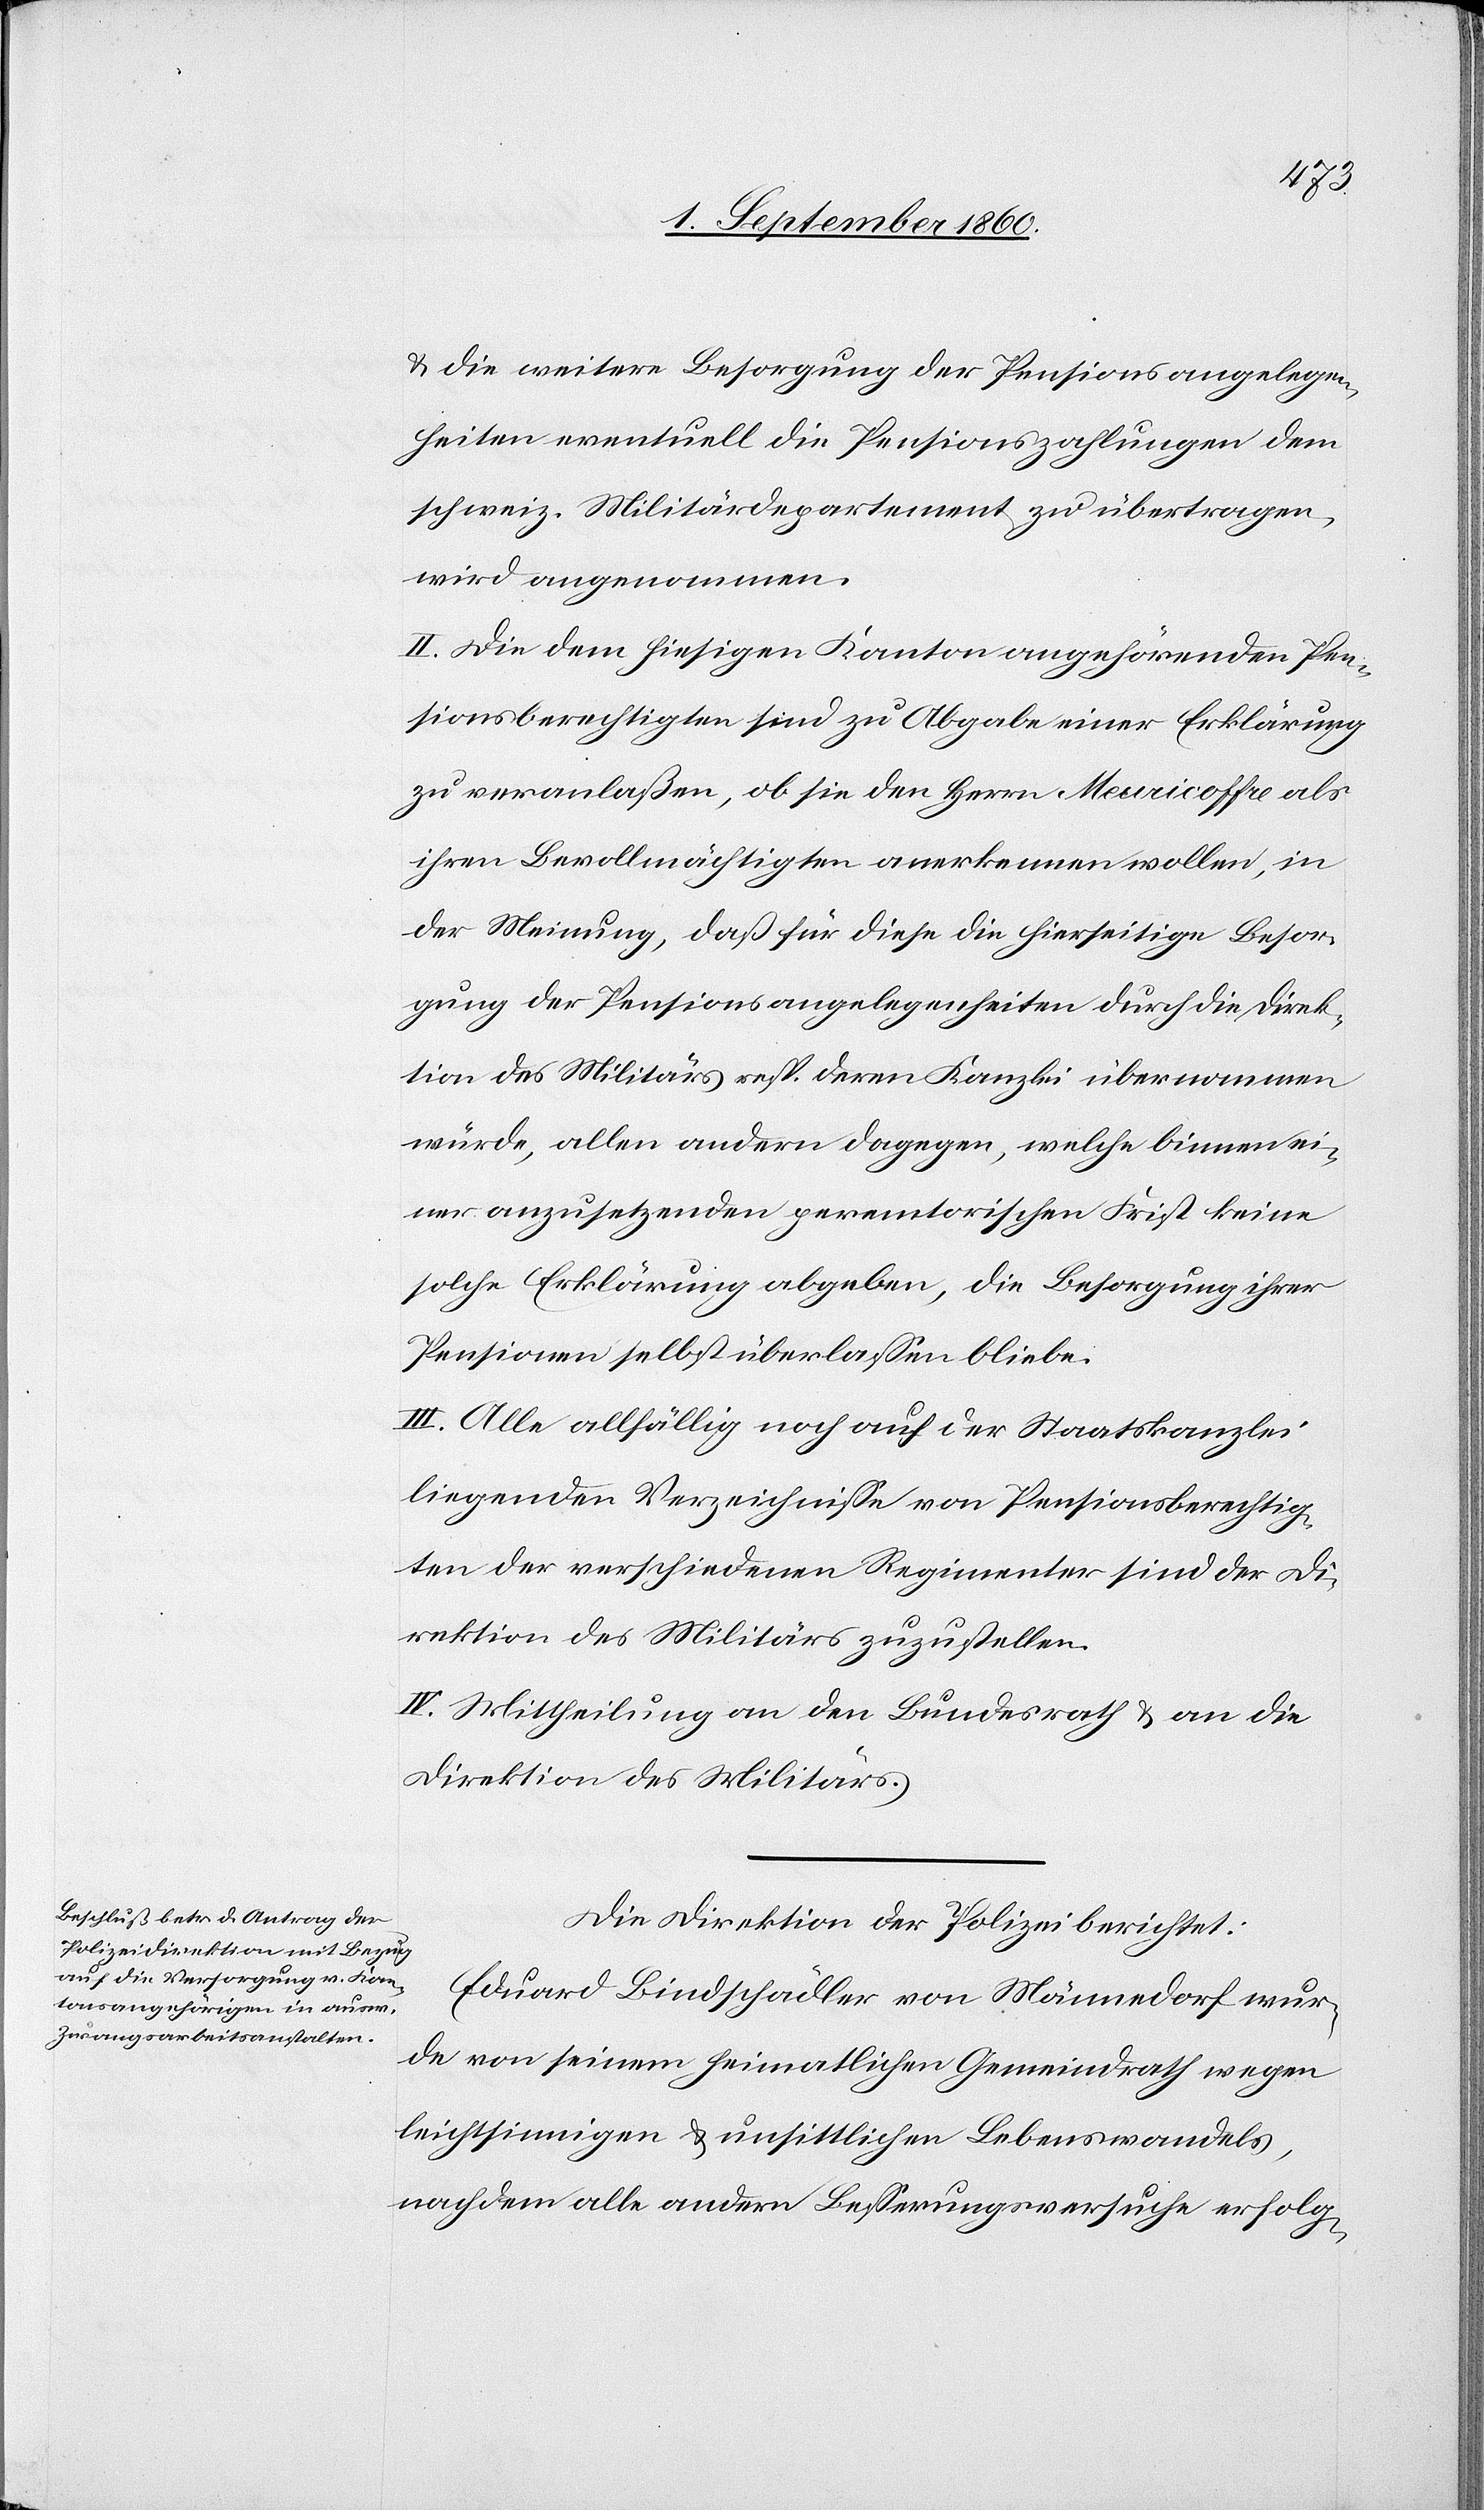
und die weitere Besorgung der Pensionsangelegen¬
heiten eventuell die Pensionszahlungen dem
schweiz. Militärdepartement zu übertragen,
wird angenommen.
II. Die dem hiesigen Kanton angehörigen Pen¬
sionsberechtigten sind zu Abgabe einer Erklärung
zu veranlassen, ob sie den Herrn Meuricoffre als
ihren Bevollmächtigen anerkennen wollen, in
der Meinung, dass für diese die hierseitige Besor¬
gung der Pensionsangelegenheiten durch die Direk¬
tion des Militärs resp. deren Kanzlei übernommen
würde, allen andern dagegen, welch binnen ei¬
ner anzusetzenden peremtorischen Frist keine
solche Erklärung abgeben, die Besorgung ihrer
Pensionen selbst überlassen bliebe.
III. Alle allfällig noch auf der Staatskanzlei
liegenden Verzeichnisse von Pensionsberechtig¬
ten der verschiedenen Regimenter sind der Di¬
rektion des Militärs zuzustellen.
IV. Mittheilung an den Bundesrath u. an die
Direktion des Militärs.
Die Direktion der Polizei berichtet:
Eduard Bindschädler von Männedorf wur¬
de von seinem heimatlichen Gemeindrath wegen
leichtsinnigen u. unsittlichen Lebenswandels
nach dem alle andern Besserungsversuche erfolg-